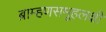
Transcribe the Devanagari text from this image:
ब्राम्हणसमूहलक्षी